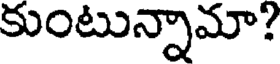
కుంటున్నామా?